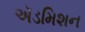
ઍડમિશન